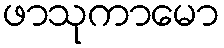
ဖာသုကာမော